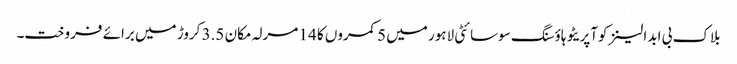
بلاک بی ابدالینزکوآپریٹو ہاؤسنگ سوسائٹی لاہور میں 5 کمروں کا 14 مرلہ مکان 3.5 کروڑ میں برائے فروخت۔